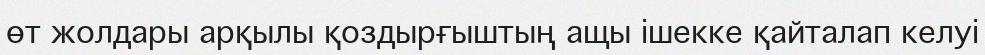
өт жолдары арқылы қоздырғыштың ащы ішекке қайталап келуі